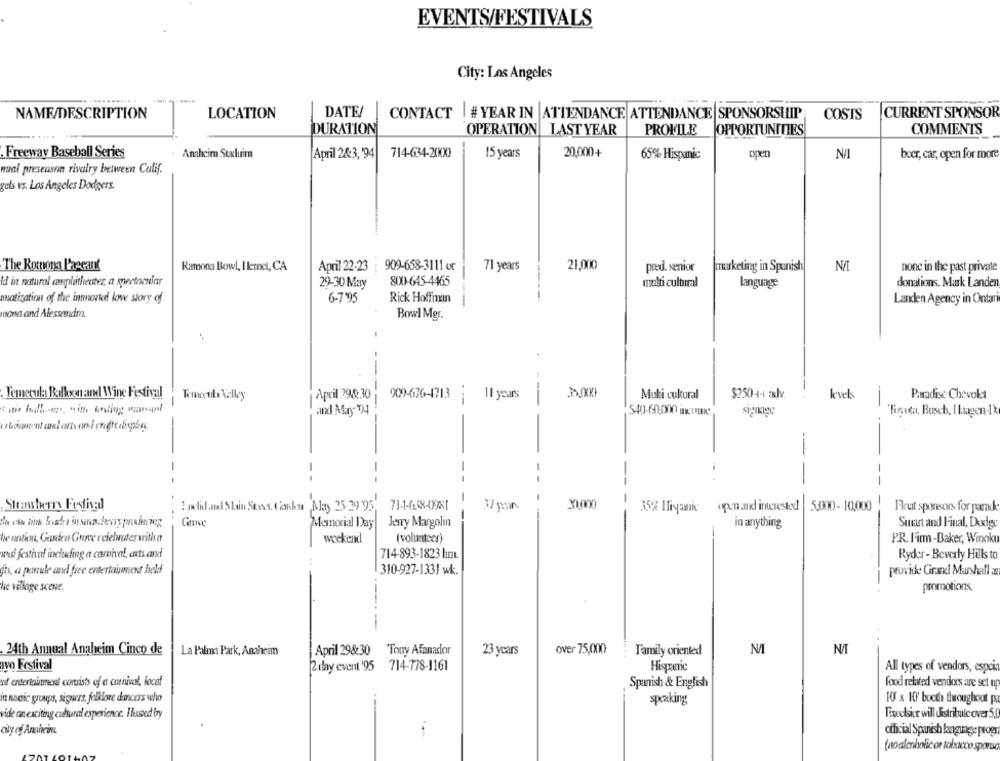
EVENTS/FESTIVALS
City: Los Angeles
.....
NAME/DESCRIPTION
LOCATION
DATE!
CONTACT | # YEAR IN ATTENDANCE ATTENDANCE SPONSORSHIP
COSTS
CURRENT SPONSOR
COMMENTS
DURATION
OPERATION LAST YEAR
PROFILE
OPPORTUNITIES
714-634-200X)
20,000+
. Freeway Baseball Series
Anaheim Stalurim
April 2&3, 94
15 years
65% Hispanic
open
N/I
boer, car, open for more
nual preseason rivalry between Calif.
gets vs. Los Angeles Dodgers.
The Romona Pageant
Ramona Bowl, I lernet, CA
April 22-23
909-658-3111 or
71 years
21,000
pred. senior
marketing in Spanish
N/I
none in the past private
800-645-4465
id in natural conpluthetttez, a spectacular
29-30 May
multi cultural
language
donations. Mark Landen
matization of the innnokd love story of
6-7'95
Rick Hoffman
Landen Agency in Ontar
nona and Alessevidro.
Bowl Mgr.
-
--
Temecula Balloon and Wine Festival
April 298:30
909-676-4713
3.000
Muti cultural
$250 -+-+ alv.
kwek
Paradise Chevokat
Temocuba Valky
--
11 years
and May 9)4
"Tinusa. Busch, ( kuagen-1
---
-
--
-
---
-
Strensherry Festivedl
2acilantal Stain Street. ( aankus Nay 25.29 95
71-4-638-0981
35% Iliyanic
open and interested 5.000 - 10,000
Fout sponsors for paradk
-
Memorial Day
Jerry Margolin
in anything
Smart and Final, Dodg
he netion, Garden Grove celebrates writh a
(volunteer)
P.R. F'im -Baker, Winok
arvel festival including a coruna !, arts and
714-893-1823 hımı.
Ryder - Beverly Hills to
fts, a paride and free entertaiment held
310-927-1331 wk.
provide Graxl Marshall a
promotions.
he village scene.
24th Annual Anaheim Cinco de
La Palma Park, Anaheim
April 298:30 Tony Afanador
23 years
over 75,000
Family oriented
NA
NI
ayo Festival
2 day event '95 714-778-1161
Hispanic
All types of vendors, espcin
nif entertainment consists of a carnival, local
Spanish & English
food related vendors are set up
in noctic groups, signers, folklore dancers who
speaking
10 x 10' booth throughout pa
vide an exciting cultural experience. Iused by
Tivechsir will distribule over 5,0
city of Anaheinz
official Spanish language progr
(no alcoholic or tobacco sporo